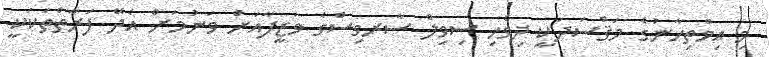
މި އިމްތިހާނުގެ މަޤްސަދަކީ ދިވެހި ސިވިލް ސާރވިސްގެ ވަޒީފާއަށް ވަނުމަށް އެދޭ ފަރާތްތަކަކީ